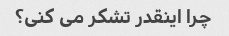
چرا اینقدر تشکر می کنی؟